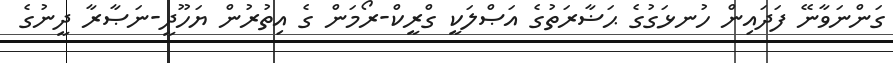
ގަންނަވާނޭ ފަދައިން ހުނޅަގުގެ ޙަޟާރަތުގެ އަޞްލަކީ ގްރީކް-ރޯމަން ގެ އިތުރުން ޔަހޫދީ-ނަޞާރާ ދީނުގެ